Insane asylums in Bengal annual reports 1867-1875 - 1867-1875
Year: 1867
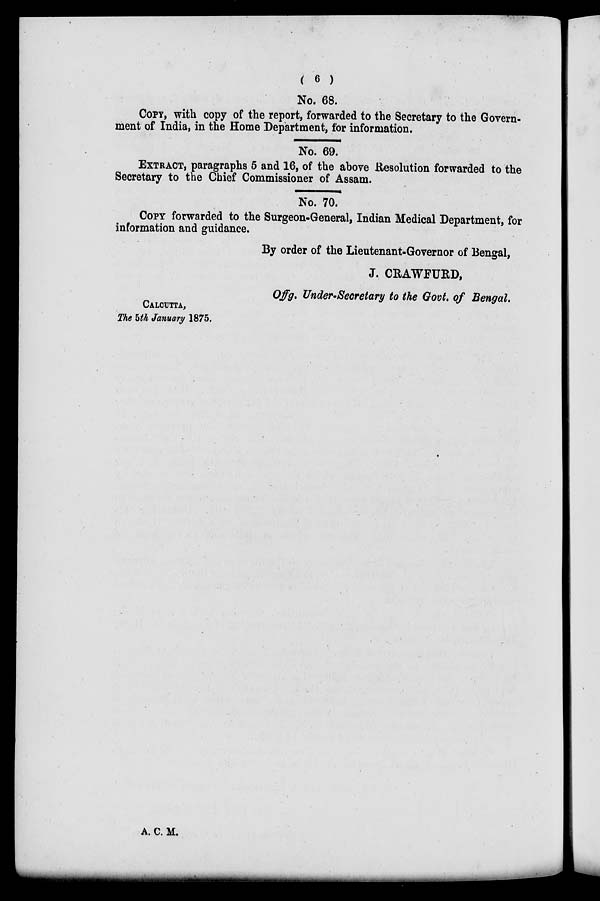
( 6 )
No. 68.
COPY with copy of the report, forwarded to the Secretary to the Govern-
ment of India, in the Home Department, for information.
No. 69.
EXTRACT, paragraphs 5 and 16, of the above Resolution forwarded to the
Secretary to the Chief Commissioner of Assam.
No. 70.
COPY forwarded to the Surgeon-General, Indian Medical Department, for
information and guidance.
By order of the Lieutenant-Governor of Bengal,
J. CRAWFURD,
Offg. Under-Secretary to the Govt. of Bengal.
CALCUTTA,
The 5th January 1875.
A. C. M.